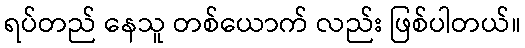
ရပ်တည် နေသူ တစ်ယောက် လည်း ဖြစ်ပါတယ်။